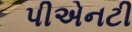
પીએનટી